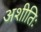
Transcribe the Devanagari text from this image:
अशीतिः